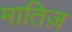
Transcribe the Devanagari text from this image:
मातिज़